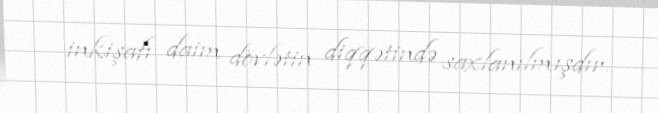
inkişafı daim dövlətin diqqətində saxlanılmışdır.